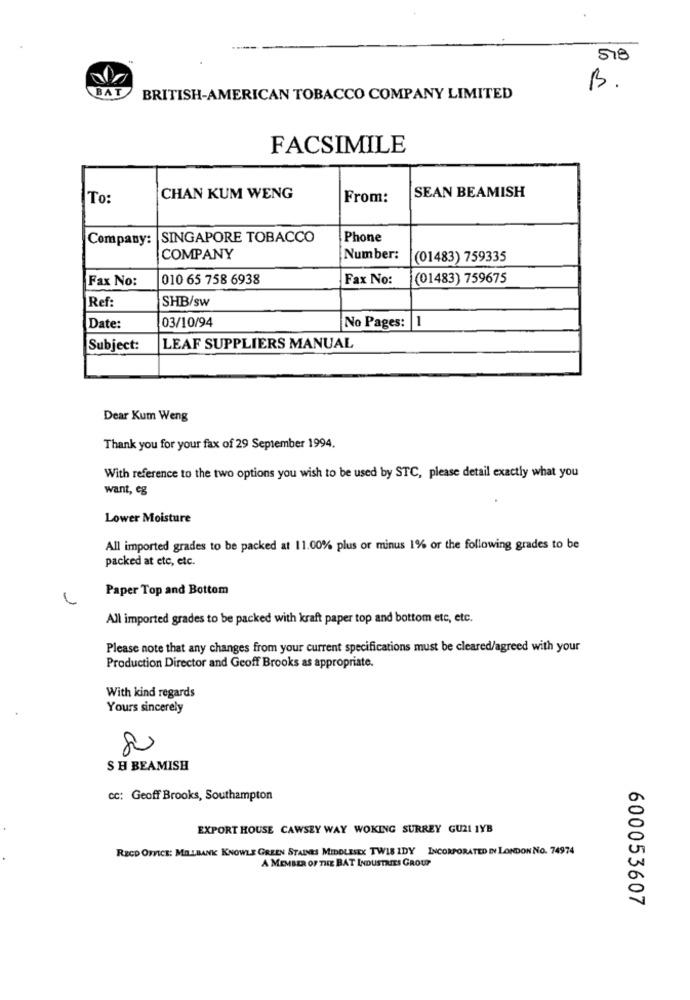
518
BAT
B.
BRITISH-AMERICAN TOBACCO COMPANY LIMITED
FACSIMILE
SEAN BEAMISH
To:
CHAN KUM WENG
From:
Company: SINGAPORE TOBACCO
Phone
COMPANY
Number:
(01483) 759335
Fax No:
010 65 758 6938
Fax No:
(01483) 759675
Ref:
SHB/sw
03/10/94
Date:
No Pages: |1
Subject:
LEAF SUPPLIERS MANUAL
Dear Kum Weng
Thank you for your fax of 29 September 1994.
With reference to the two options you wish to be used by STC, please detail exactly what you
want, eg
Lower Moisture
All imported grades to be packed at 11.00% plus or minus 1% or the following grades to be
packed at etc, etc.
Paper Top and Bottom
All imported grades to be packed with kraft paper top and bottom etc, etc.
Please note that any changes from your current specifications must be cleared/agreed with your
Production Director and Geoff Brooks as appropriate.
With kind regards
Yours sincerely
80
SH BEAMISH
cc: Geoff Brooks, Southampton
EXPORT HOUSE CAWSEY WAY WOKING SURREY GUZI IYB
RECD OFFICE: MALBANK KNOWLE GREEN STAINES MIDDLESEX TWIS IDY INCORPORATED IN LONDON NO. 74974
A MEMBER OF THE BAT INDUSTRIES GROUP
600053607